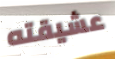
عشيقته